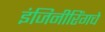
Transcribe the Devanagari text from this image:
इंजिनीरिंगचे